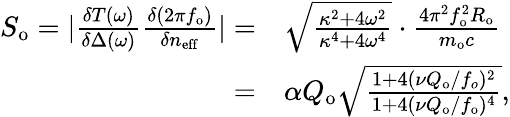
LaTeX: \begin{array}{rl}{S_{\mathrm{o}}=|\frac{\delta T(\omega)}{\delta\Delta(\omega)}\frac{\delta(2\pi f_{\mathrm{o}})}{\delta n_{\mathrm{eff}}}|=}&{\sqrt{\frac{\kappa^{2}+4\omega^{2}}{\kappa^{4}+4\omega^{4}}}\cdot\frac{4\pi^{2}f_{\mathrm{o}}^{2}R_{\mathrm{o}}}{m_{\mathrm{o}}c}}\\ {=}&{\alpha Q_{\mathrm{o}}\sqrt{\frac{1+4(\nu Q_{\mathrm{o}}/f_{o})^{2}}{1+4(\nu Q_{\mathrm{o}}/f_{\mathrm{o}})^{4}}},}\end{array}